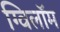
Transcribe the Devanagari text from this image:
ग्विलॉम